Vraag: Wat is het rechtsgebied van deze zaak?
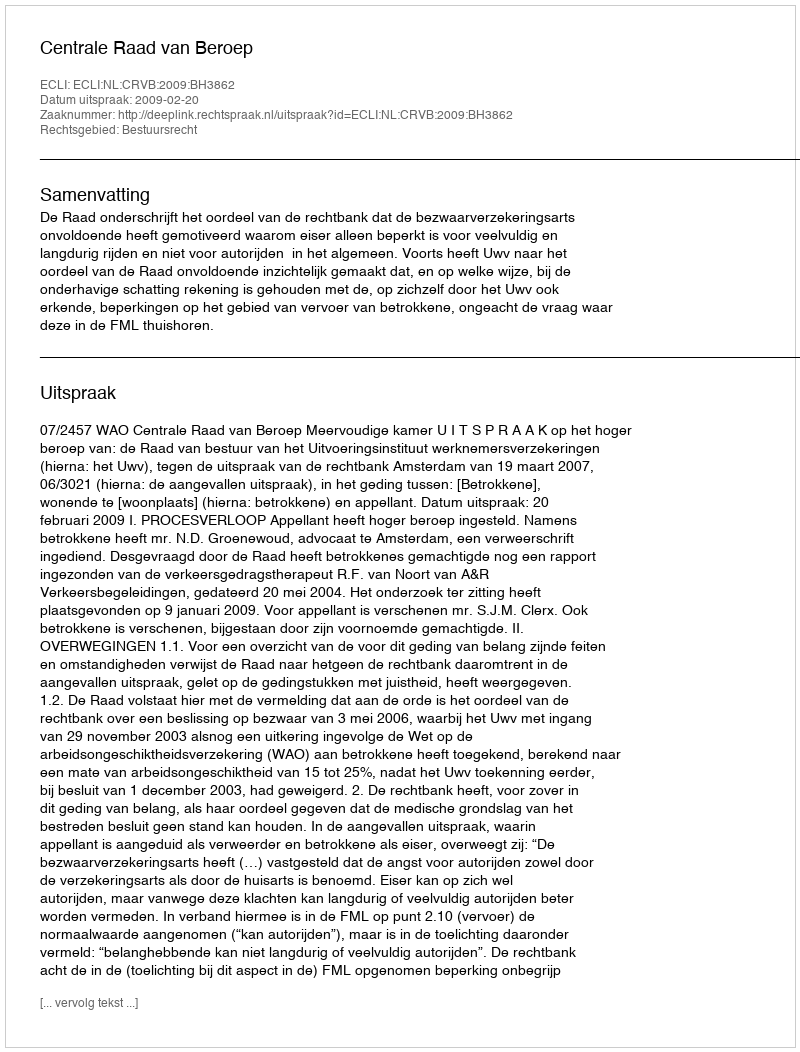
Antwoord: Bestuursrecht